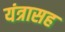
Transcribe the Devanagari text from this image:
यंत्रासह